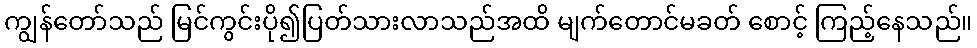
ကျွန်တော်သည် မြင်ကွင်းပို၍ပြတ်သားလာသည်အထိ မျက်တောင်မခတ် စောင့် ကြည့်နေသည်။